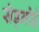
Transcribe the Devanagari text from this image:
सेड्नोई